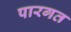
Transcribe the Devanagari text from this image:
पारगत